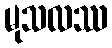
မုသလဿ